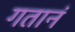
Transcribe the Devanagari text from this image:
गतानं